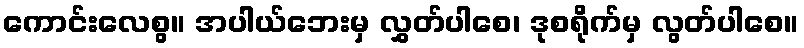
ကောင်းလေစွ။ အပါယ်ဘေးမှ လွှတ်ပါစေ၊ ဒုစရိုက်မှ လွတ်ပါစေ။